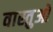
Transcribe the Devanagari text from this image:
वास्तुओ